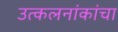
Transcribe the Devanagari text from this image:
उत्कलनांकांचा